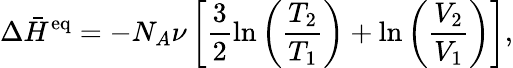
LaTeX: \Delta\bar{H}^{\mathrm{eq}}=-N_{A}\nu\left[\frac{3}{2}\ln\left(\frac{T_{2}}{T_{1}}\right)+\ln\left(\frac{V_{2}}{V_{1}}\right)\right],